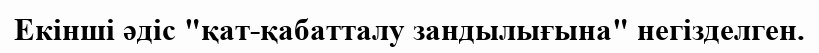
Екінші әдіс "қат-қабатталу зандылығына" негізделген.